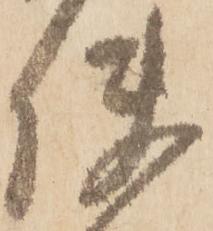
使